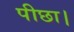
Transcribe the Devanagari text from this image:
पीछा।